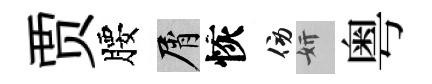
贾腰屑恢傍妍粤